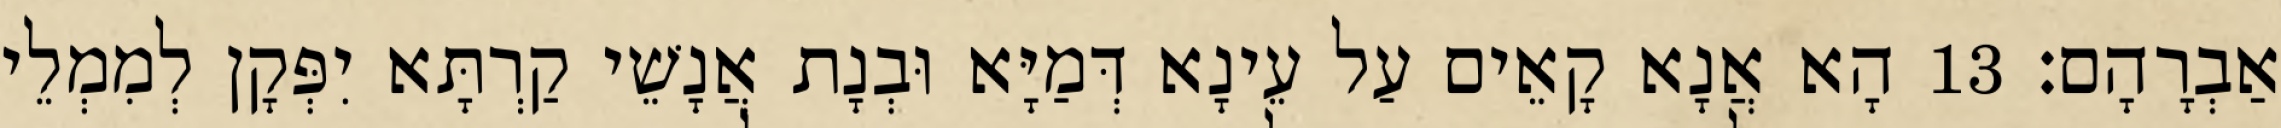
אַבְרָהָם׃ 13 הָא אֲנָא קָאֵים עַל עֵינָא דְּמַיָּא וּבְנָת אֲנָשֵׁי קַרְתָּא יִפְּקָן לְמִמְלֵי